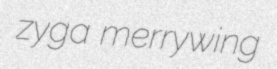
zyga merrywing